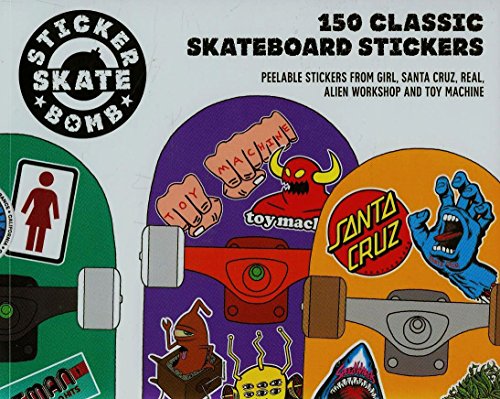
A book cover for Stickerbomb Skateboard: 150 Classic Skateboard Stickers; Studio Rarekwai (SRK); Arts & Photography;